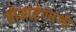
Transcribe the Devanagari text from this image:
बीआईएनजी